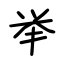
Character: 举